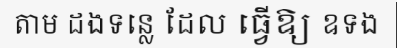
តាម ដងទន្លេ ដែល ធ្វើឱ្យ ឧទង